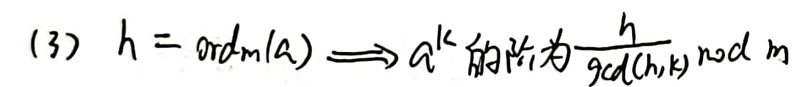
$(3) h = \mathrm{ord}_m(a) \Longrightarrow a^k $的阶为$ \frac{h}{\gcd(h,k)} \bmod m$